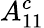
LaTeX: A_{11}^{c}